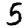
Digit: 5